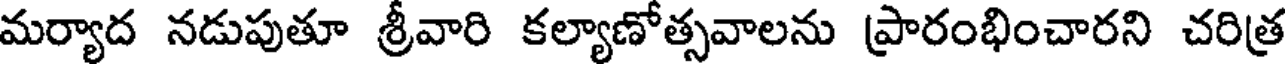
మర్యాద నడుపుతూ శ్రీవారి కల్యాణోత్సవాలను ప్రారంభించారని చరిత్ర